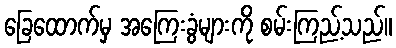
ခြေထောက်မှ အကြေးခွံများကို စမ်းကြည့်သည်။